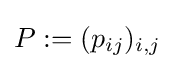
P:=(p_{ij})_{i,j}